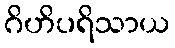
ဂိဟိပရိသာယ